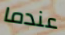
عندما